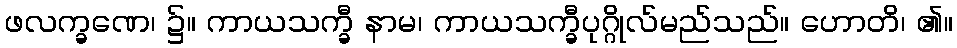
ဖလက္ခဏေ၊ ၌။ ကာယသက္ခီ နာမ၊ ကာယသက္ခီပုဂ္ဂိုလ်မည်သည်။ ဟောတိ၊ ၏။